Trukikaitis_Postimees, lk 210
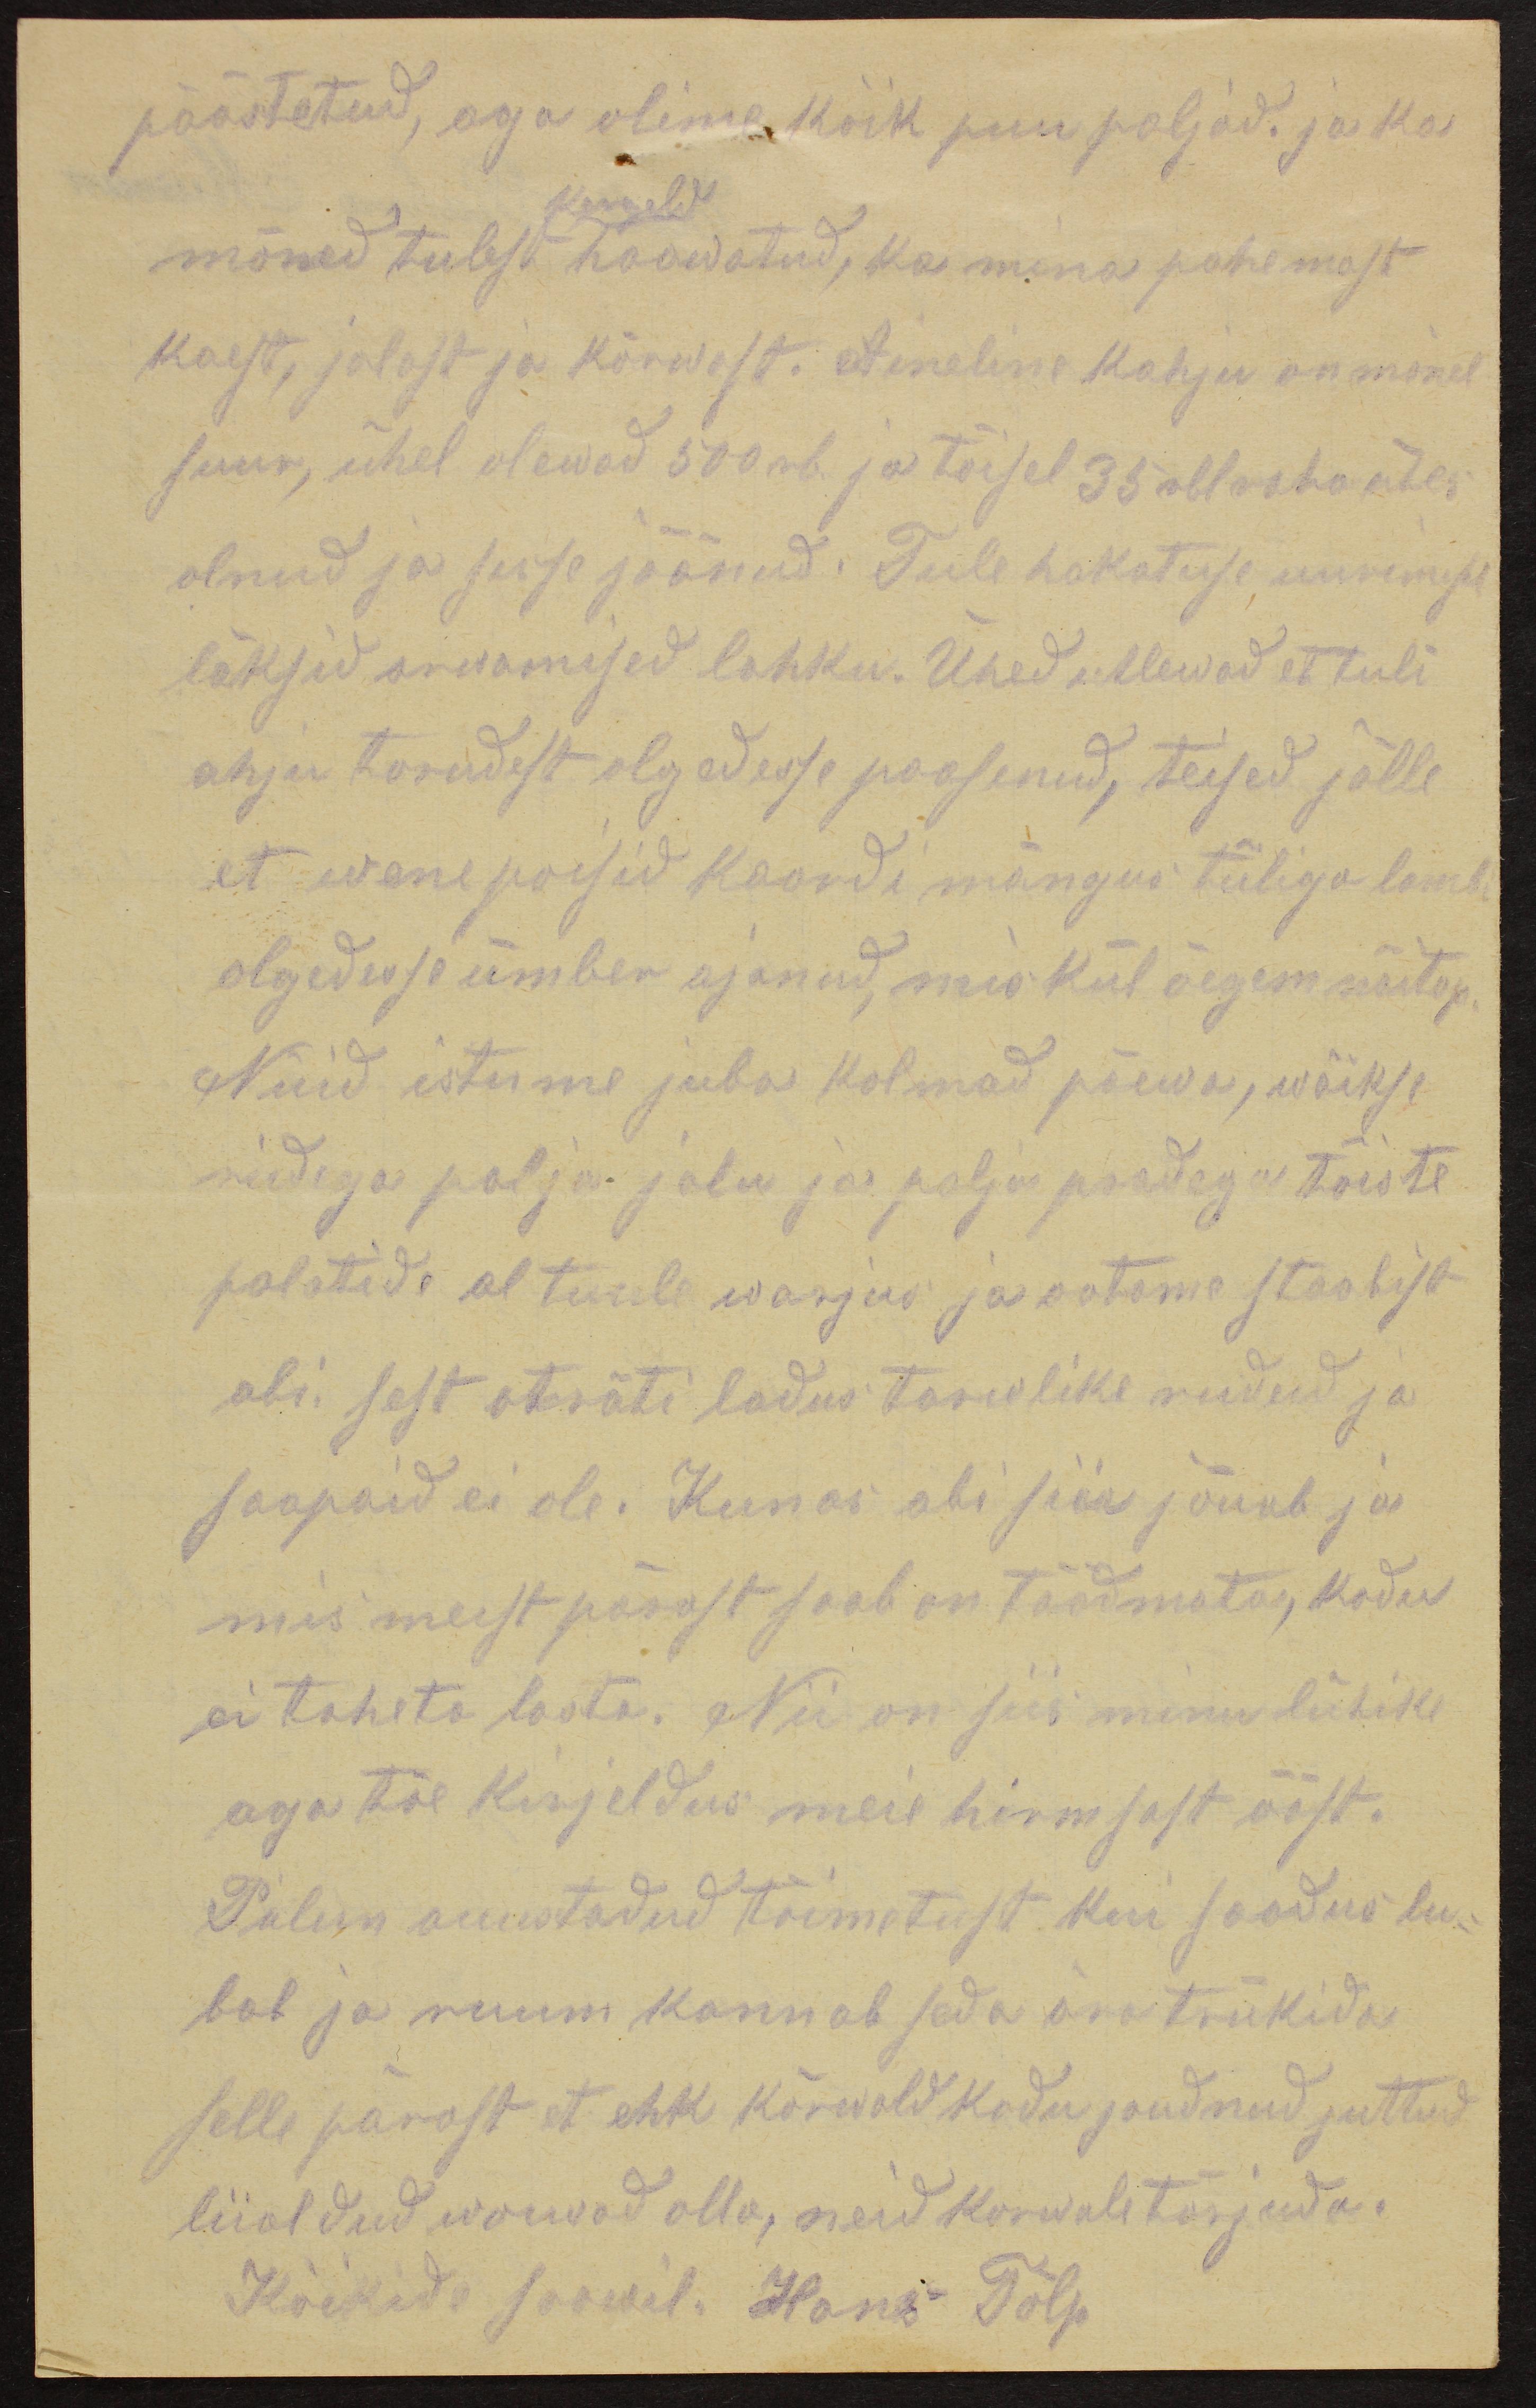
päästetud, aga olime kõik puu paljad. ja ka
kergeld
mõned tulest haawatud, ka mina pahemast
kaest, jalast ja kõrwast. Aineline kahju on mõnel
suur, ühel olewad 500 rb ja tõisel 35 rbl raha ühes
olnud ja sisse jäänud. Tule hakatuse uurimisel
läksid arwamised lahku. Ühed utlewad et tuli
ahju torudest olgedesse paasenud, teised jälle
et wene poisid kaardi mängus tüliga lambi
olgedesse ümber ajanud, mis kül õegem näitap.
Nüid istume juba kolmad päewa, wäikse
ridega palja jalu ja palja peadega teiste
palatide al tuule warjus ja ootame staabist
abi, sest oträti ladus tarwlike riideid ja
saapaid ei ole. Kunas abi siia jõuab ja
mis meist pärast saab on täädmata, kodu
ei taheta lasta. Nii on siis minu lühike
aga tõe kirjeldus meie hirmsast ööst.
Palun auustadud toimetust kui soodus lu-
bab ja ruum kannab seda ära trükida
selle pärast et ehk kõrwald kodu joudnud juttud
liialdud woiwad olla, neid korwale tõrjuda.
Kõikide soowil. Hans Tõlp